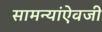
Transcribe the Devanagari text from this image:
सामन्यांऐवजी